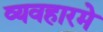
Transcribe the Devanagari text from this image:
व्यवहारमे